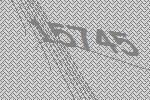
15745